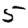
Digit: 5